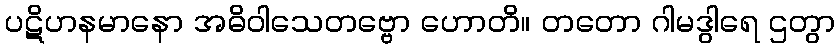
ပဋိဟနမာနော အဓိဝါသေတဗ္ဗော ဟောတိ။ တတော ဂါမဒွါရေ ဌတွာ